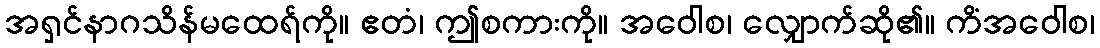
အရှင်နာဂသိန်မထေရ်ကို။ ဧတံ၊ ဤစကားကို။ အဝေါစ၊ လျှောက်ဆို၏။ ကိံအဝေါစ၊